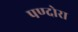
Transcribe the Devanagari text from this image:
पण्दोरा